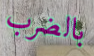
بالضرب